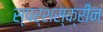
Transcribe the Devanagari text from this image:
स्पर्शस्क्रीन